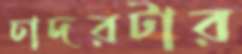
চাদরটার